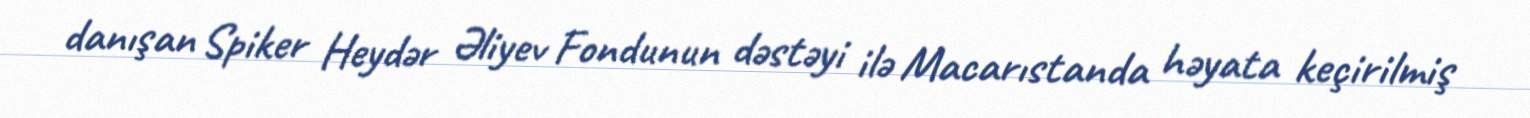
danışan Spiker Heydər Əliyev Fondunun dəstəyi ilə Macarıstanda həyata keçirilmiş